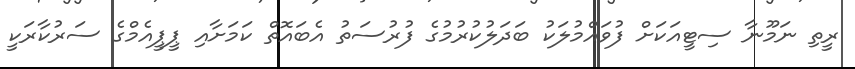
ރީތި ނަމޫނާ ސިޓީއަކަށް ފުވައްމުލަކު ބަދަލުކުރުމުގެ ފުރުސަތު އެބައޮތް ކަމަށާއި ޕީޕީއެމްގެ ސަރުކާރަކީ